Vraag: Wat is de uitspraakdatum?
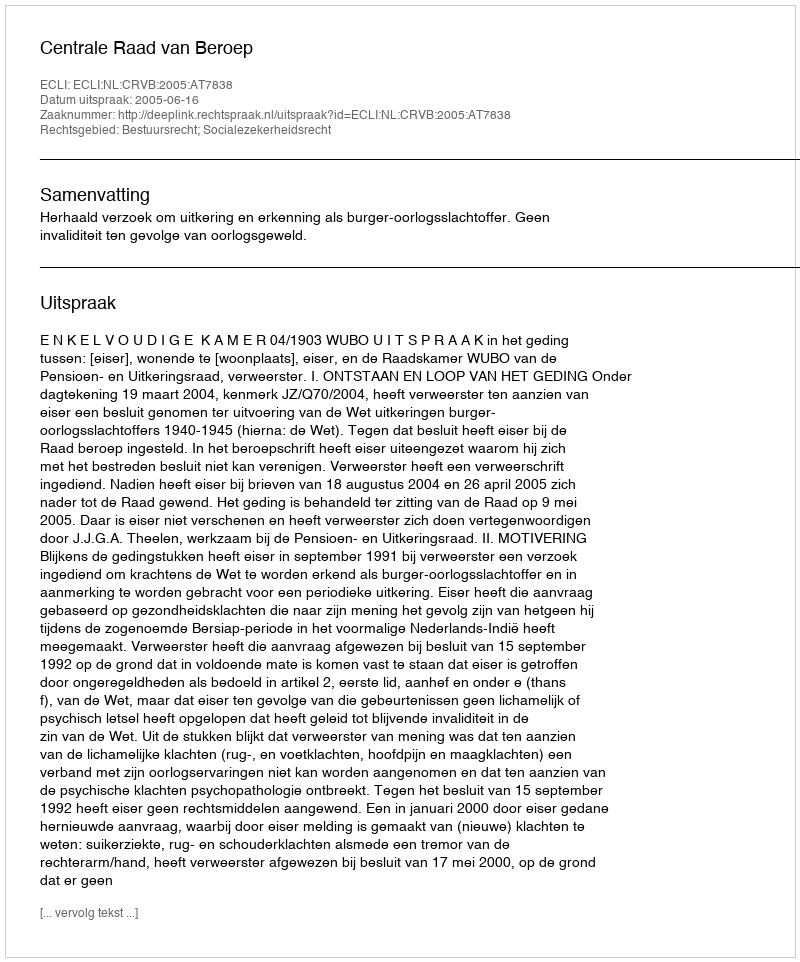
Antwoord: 2005-06-16